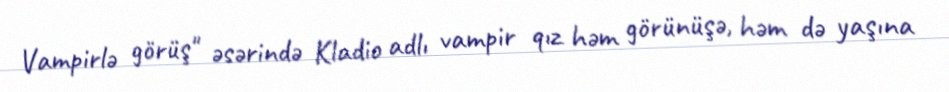
Vampirlə görüş" əsərində Kladio adlı vampir qız həm görünüşə, həm də yaşına